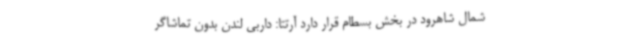
شمال شاهرود در بخش بسطام قرار دارد آرتتا: داربی لندن بدون تماشاگر